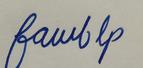
Signature authenticity: forged